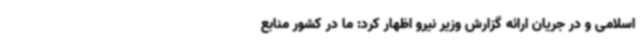
اسلامی و در جریان ارائه‌ گزارش وزیر نیرو اظهار کرد: ما در کشور منابع